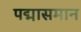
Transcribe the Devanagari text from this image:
पद्मासमान